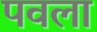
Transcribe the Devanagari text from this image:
पवला